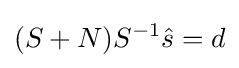
(S+N)S^{-1}{\hat {s}}=d